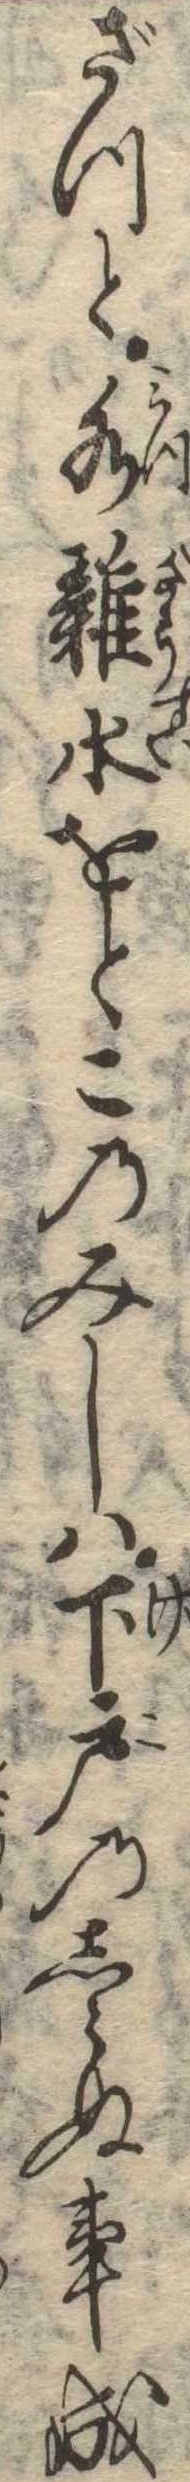
ざつと水雑水をとこのみしは下戸のしらぬ事成